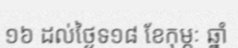
១៦ ដល់ថ្ងៃទ១៨ ខែកុម្ភៈ ឆ្នាំ